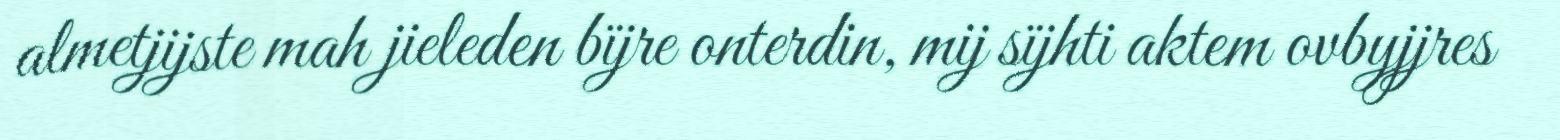
almetjijste mah jieleden bïjre onterdin, mij sïjhti aktem ovbyjjres